Lunatic asylums Madras 1892-1911 - 1892-1911
Year: 1892
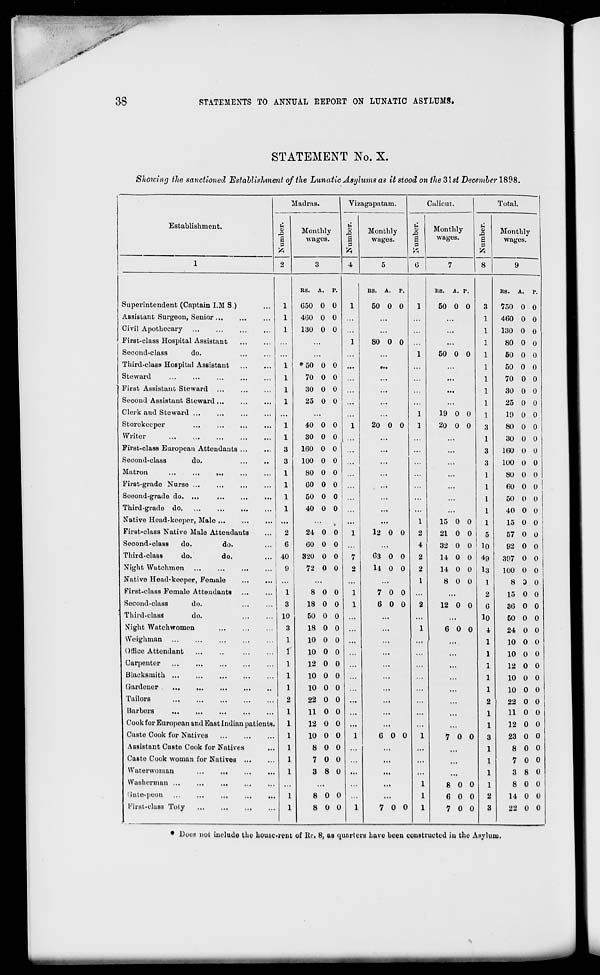
ss
STATEMENTS TO ANNUAL REPORT ON LUNATIC ASILUMS.
STATEMENT No. X.
Showing the sanctioned Establishment of the Lunatic Asylums as it stood on the3\st December 1898.
Establishment.
Madras.
Vizagapatam.
Calicut.
Total.
*
,5
s p
ft
2
Monthly
wages.
u
o
S
ft
Monthly
wages.
3
S
P
Monthly
wages.
u
0
s
Monthly
wages.
3
4
5
6
7
8
9
RS. A. P.
RS. A. P.
RS. A. P.
RS. A. P.
Superintendent (Captain I.M S.)
1
650 0 0
1
50 0 0
1
50 0 0
3
750 0 0
Assistant Surgeon, Senior ...
1
4G0 0 0 ...
...
...
...
1
460 0 0
Civil Apothecary
1
130 0 0 ...
...
...
1
130 0 0
First-class Hospital Assistant
...
...
1
80 0 0 ...
...
1
80 0 0
Second-class
do.
...
1
50 0 0
1
60 0 0
Third-class Hospital Assistant
1
*50 0 0 ...
...
...
1
50 0 0
Steward
1
70 0 0 ...
...
...
...
1
70 0 0
First Assistant Steward
1
30 0 0
...
...
1
30 0 0
Second Assistant Steward ...
1
25 0 0 ...
...
...
...
1
25 0 0
Clerk and Steward ...
...
...
1
19 0 0
1
19 0 0
Storekeeper
1
40 0 0
1
20 0 0
1
20 0 0
3
80 0 0
Writer
1
30 0 0
...
...
1
30 0 0
First-class European Attendants ...
3
160 0 0
...
...
...
3
160 0 0
Second-class
do.
3
100 0 0
...
...
...
3
100 0 0
Matron
...
...
...
1
80 0 0
...
...
...
1
80 0 0
First-grade Nurse ...
1
60 0 0
• ••
...
1
60 0 0 I
Seeond-grade do. ...
1
50 0 0
...
...
...
1
50 0 0
Third-grade do
1
40 0 0
...
...
1
40 0 0
Native Head-keeper, Male
...
...
...
1
15 0 0
1
15 0 0 1
First-class Native Male Attendants
2
24 0 0
1
12 0 0
2
21 0 0
5
57 0 0
Second-class
do.
do.
6
60 0 0
...
4
32 0 0 10
92 0 0
Third-class
do.
do.
40
320 0 0
7
63 0 0
2
14 0 0 49
397 0 0
Night Watchmen
9
72 0 0
2
14 0 0
2
14 0 0 13
100 0 0
Native Head-keeper, Foruale
...
...
...
1
8 0 0
1
8 3 0
First-class Female Attendants
1
8 0 0
1
7 0 0 ...
...
2
15 0 0
Second-class
do.
1 3
18 0 0
1
6 0 0
2
12 0 0
6
36 0 0
Third-class
do.
10
50 0 0
...
...
...
10
50 0 0
Night Watchwomen
8
18 0 0
...
1
6 0 0
i
24 0 0
I Woighman
10 0 0 ...
...
...
...
1
10 0 0
Otfico Attendant
10 0 0 ...
...
...
...
1
10 0 0
Carpenter ...
...
12 0 0 ...
...
...
...
1
12 0 0
Blacksmith ...
...
10 0 0 ...
...
...
1
10 0 0
Gardener
10 0 0
...
...
1
10 0 0
Tailors
22 0 0 ...
...
...
...
2
22 0 0
Harbors
11 0 0
...
...
...
1
11 0 0
Cook for European and East Indian patients.
12 0 0 ...
...
...
...
1
12 0 0
Caste Cook for Natives
10 0 0
1
6 0 0
1
7 0 0
3
23 0 0
Assistant Casto Cook for Natives
8 0 0
...
...
...
1
8 0 0
Caste Cook woman for Natives ...
7 0 0
...
...
...
1
7 0 0
Waterwoman
...
...
3 8 0 ...
...
...
...
1
3 8 0
Washerman ...
...
...
...
1
8 0 0
1
8 0 0
'Jnto-poon
8 0 0
...
1
6 0 0
2
14 0 0
First-class Toly
8 0 0
1
7 0 0
1
7 0 0
3
22 0 0
• Does not include the housc-ient of lie. 8, as quarters have been constructed in the Asylum.